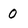
Character: 0